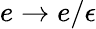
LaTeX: e\rightarrow e/\epsilon